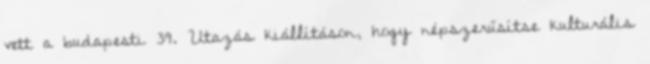
vett a budapesti 39. Utazás kiállításon, hogy népszerűsítse kulturális